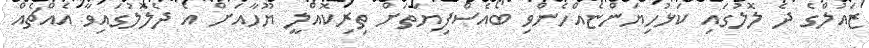
ޒައުލްގެ ދެ ލޮލުގައި ކަޅުހިޔަންޏެއްހެންވި ބޯއެސްފިޔަތަށް ތިރިކޮއްލީ ޔޫހާއަށް އެ ދެލޮލުގައިވާ އެއްޗެއް